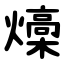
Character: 燺